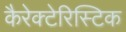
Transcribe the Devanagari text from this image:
कैरेक्टेरिस्टिक